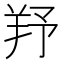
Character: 𦍗